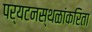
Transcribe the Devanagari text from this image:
पर्यटनस्थळांकरिता